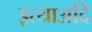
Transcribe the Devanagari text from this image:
इत्याअदि